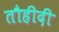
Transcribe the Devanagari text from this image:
तौहीदी